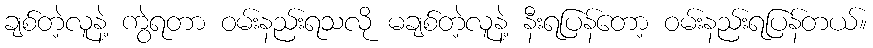
ချစ်တဲ့လူနဲ့ ကွဲရတာ ဝမ်းနည်းရသလို မချစ်တဲ့လူနဲ့ နီးရပြန်တော့ ဝမ်းနည်းရပြန်တယ်။